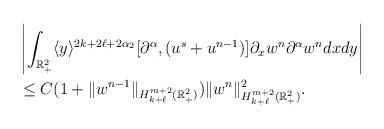
LaTeX: \begin{align*}&\left|\int_{\mathbb{R}^2_+}\langle y \rangle^{2k+ 2\ell +2\alpha_2 }[\partial^\alpha, (u^s+{u}^{n-1})]\partial_x w^{n}\partial^\alpha w^n dx dy\right|\\&\le C(1+ \|{w}^{n-1}\|_{H^{m+2}_{k+\ell}(\mathbb{R}^2_+)} ) \|w^n\|^2_{H^{m+2}_{k+\ell}(\mathbb{R}^2_+)}.\end{align*}